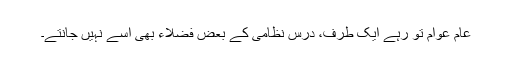
عام عوام تو رہے ایک طرف، درس نظامی کے بعض فضلاء بھی اسے نہیں جانتے۔